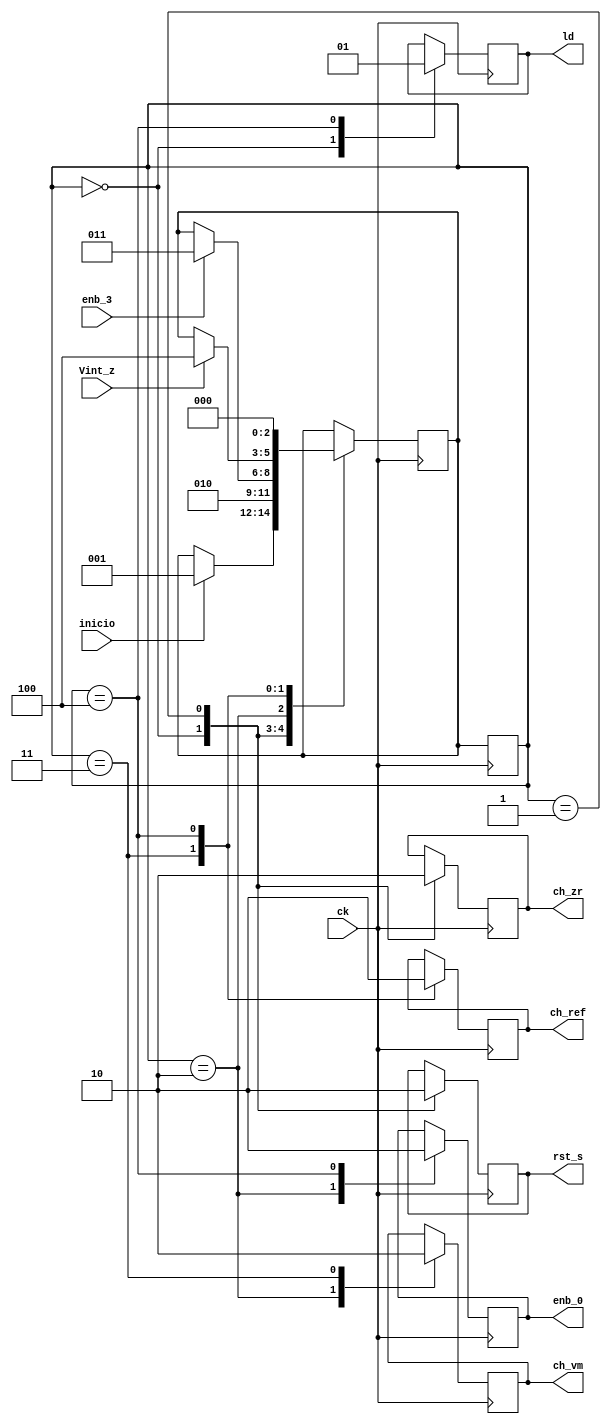
`timescale 1 ns/100 ps

module state_machine( input ck,
					  input inicio,
					  input Vint_z,
					  input enb_3,
					  output reg enb_0,
					  output reg rst_s,
					  output reg ch_vm,
					  output reg ch_ref,
					  output reg ch_zr,
					  output reg ld);

	localparam IDLE=0, START=1, COUNT_TX=2, COUNT_TM=3, STOP=4;

	reg [2:0] state, next_state;

	initial begin
		state = IDLE;
		next_state = IDLE;
	end

	always @ (posedge ck) begin
			state <= next_state;
	end

	always @ (posedge ck) begin
		//next_state = state;
		case(state)
			IDLE: begin
				if(inicio)
					next_state = START;
			end
			START: begin
				next_state = COUNT_TX;
			end
			COUNT_TX: begin
				if(enb_3)
					next_state = COUNT_TM;
			end
			COUNT_TM: begin
				if(Vint_z)
					next_state = STOP;
			end
			STOP: begin
				next_state = IDLE;
			end
		endcase
	end

	always @ (posedge ck) begin
		case(state)
			IDLE: begin
				ch_zr  = 1;
				rst_s  = 1;
				ld = 0;
			end
			START: begin
				ch_zr  = 0;
				rst_s  = 0;
			end
			COUNT_TX: begin
				enb_0 = 1;
				ch_vm  = 1;
			end
			COUNT_TM: begin
				ch_vm  = 0;
				ch_ref = 1;
			end
			STOP: begin
				enb_0  = 0;
				ld = 1;
				ch_ref = 0;
			end
		endcase
	end

endmodule